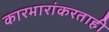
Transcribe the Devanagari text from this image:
कारभारांकरताही